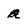
Character: a